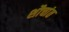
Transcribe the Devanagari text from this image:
शौचांत